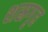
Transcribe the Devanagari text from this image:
शस्रगृह